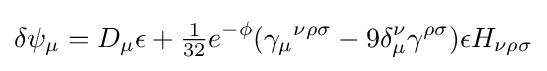
\delta \psi _{\mu }=D_{\mu }\epsilon +{\tfrac {1}{32}}e^{-\phi }(\gamma _{\mu }{}^{\nu \rho \sigma }-9\delta _{\mu }^{\nu }\gamma ^{\rho \sigma })\epsilon H_{\nu \rho \sigma }